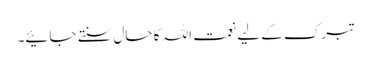
تبرک کے لیے نعمت اللہ کا حال سنتے جائیے۔